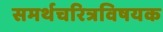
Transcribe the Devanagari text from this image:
समर्थचरित्रविषयक